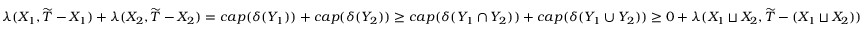
\lambda ( X _ { 1 } , \widetilde { T } - X _ { 1 } ) + \lambda ( X _ { 2 } , \widetilde { T } - X _ { 2 } ) = c a p ( \delta ( Y _ { 1 } ) ) + c a p ( \delta ( Y _ { 2 } ) ) \geq c a p ( \delta ( Y _ { 1 } \cap Y _ { 2 } ) ) + c a p ( \delta ( Y _ { 1 } \cup Y _ { 2 } ) ) \geq 0 + \lambda ( X _ { 1 } \sqcup X _ { 2 } , \widetilde { T } - ( X _ { 1 } \sqcup X _ { 2 } ) )